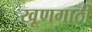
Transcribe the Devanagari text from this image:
खूणगाठी